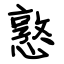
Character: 憝